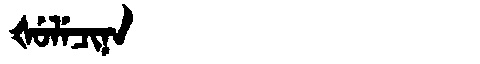
Manchu: ᡧᡠᠯᡝᠴᡳᠨᠠ
Romanization: ŠULECINA